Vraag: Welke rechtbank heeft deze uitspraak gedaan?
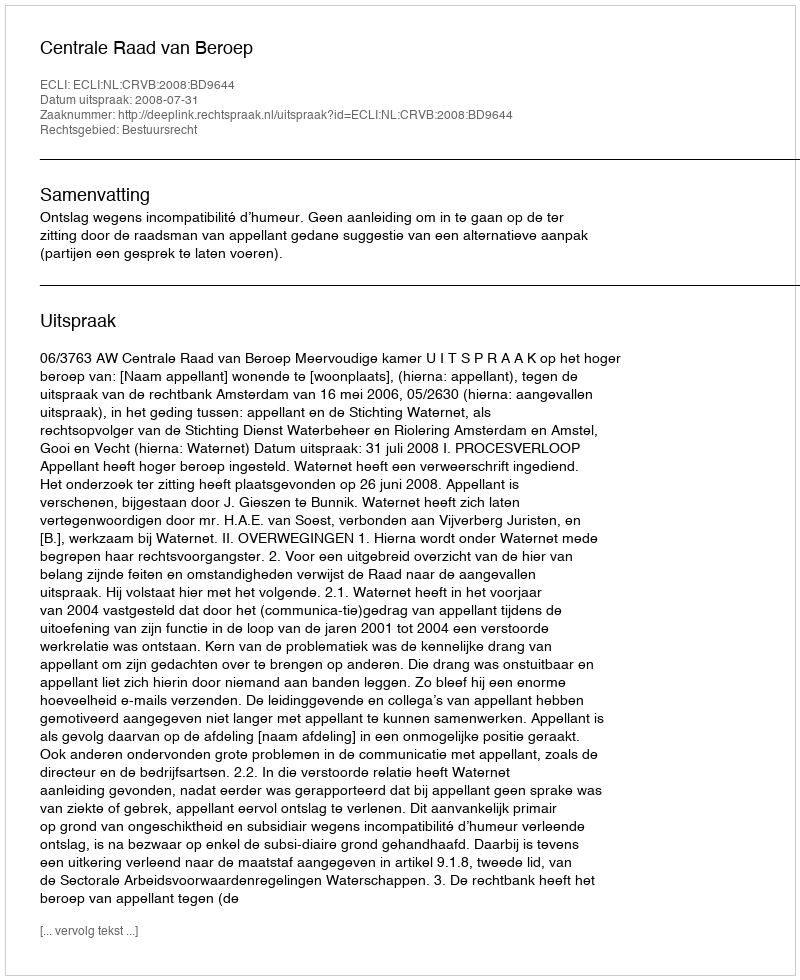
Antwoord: Centrale Raad van Beroep